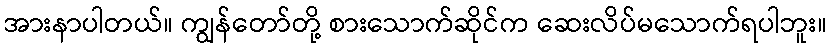
အားနာပါတယ်။ ကျွန်တော်တို့ စားသောက်ဆိုင်က ဆေးလိပ်မသောက်ရပါဘူး။